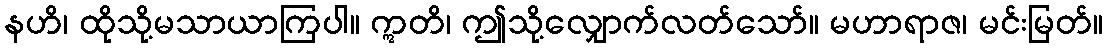
နဟိ၊ ထိုသို့မသာယာကြပါ။ ဣတိ၊ ဤသို့လျှောက်လတ်သော်။ မဟာရာဇ၊ မင်းမြတ်။